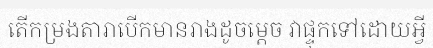
តើកម្រងតារាបើកមានរាងដូចម្តេច វាផ្ទុកទៅដោយអ្វី